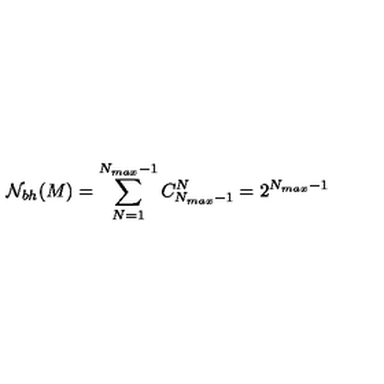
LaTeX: { \cal N } _ { b h } ( M ) = \sum _ { N = 1 } ^ { N _ { m a x } - 1 } C _ { N _ { m a x } - 1 } ^ { N } = 2 ^ { N _ { m a x } - 1 }